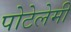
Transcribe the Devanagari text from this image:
पोटेलेमी